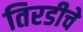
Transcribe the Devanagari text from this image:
तिरडीचे